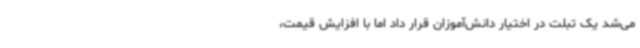
می‌شد یک تبلت در اختیار دانش‌آموزان قرار داد اما با افزایش قیمت،